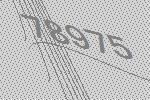
78975